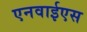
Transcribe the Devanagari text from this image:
एनवाईएस